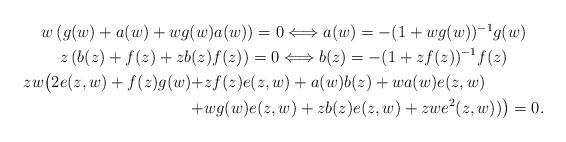
LaTeX: \begin{align*}\begin{gathered}w\left(g(w)+a(w)+wg(w)a(w)\right)=0\Longleftrightarrow a(w)=-(1+wg(w))^{-1}g(w)\\z\left(b(z)+f(z)+zb(z)f(z)\right)=0\Longleftrightarrow b(z)=-(1+zf(z))^{-1}f(z)\\\begin{aligned}zw\big(2e(z,w)+f(z)g(w)+&zf(z)e(z,w)+a(w)b(z)+wa(w)e(z,w)\\+&wg(w)e(z,w)+zb(z)e(z,w)+zwe^2(z,w))\big)=0.\end{aligned}\end{gathered}\end{align*}